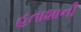
હતાશાની